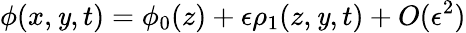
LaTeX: \phi(x,\mathit{y},t)=\phi_{0}(z)+\epsilon\rho_{1}(z,\mathit{y},t)+O(\epsilon^{2})